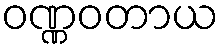
ဝဏ္ဏဝတာယ